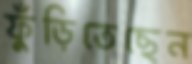
ফুঁড়িতেছেন